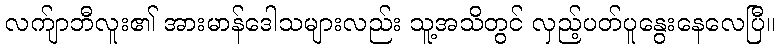
လက်ျာဘီလူး၏ အားမာန်ဒေါသများလည်း သူ့အသိတွင် လှည့်ပတ်ပူနွေးနေလေပြီ။